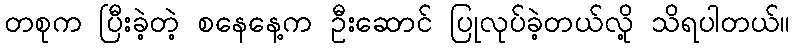
တစုက ပြီးခဲ့တဲ့ စနေနေ့က ဦးဆောင် ပြုလုပ်ခဲ့တယ်လို့ သိရပါတယ်။